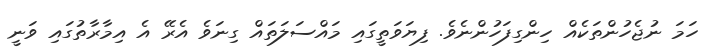
ހަމަ ނުޖެހުންތަކެއް ހިންގިފަހުންނެވެ. ފިޔަވަތީގައި މައްސަލަތައް ގިނަވެ އެރޭ އެ އިމާރާތުގައި ވަނީ